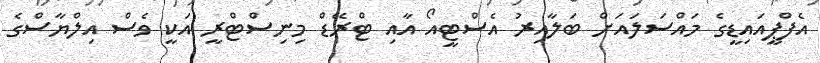
އެފްޕީއައިޑީގެ މައްސަލައަށް ބަލާއިރު އެސްޓީއޯ އާއި ޓްރޭޑް މިނިސްޓްރީ އަކީ ވެސް އިލްޔާސްގެ